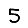
Digit: 5